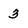
Character: 3